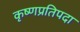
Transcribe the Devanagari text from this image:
कृष्णप्रतिपदा